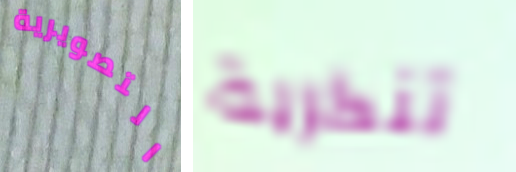
التصويرية تنكرية